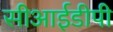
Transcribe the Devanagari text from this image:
सीआईडीपी